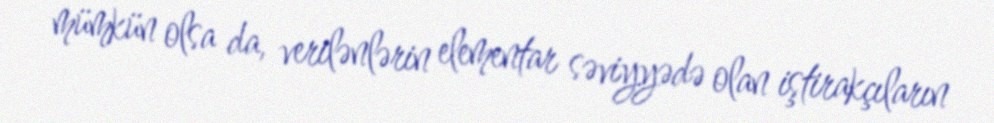
mümkün olsa da, verilənlərin elementar səviyyədə olan iştirakçıların